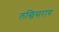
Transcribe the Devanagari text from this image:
लखिसराय